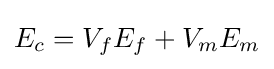
E_{c}=V_{f}E_{f}+V_{m}E_{m}